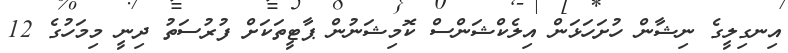
އިނގިލީގެ ނިޝާން ހުށަހަޅަން އިލެކްޝަންސް ކޮމިޝަނުން ޕާޓީތަކަށް ފުރުސަތު ދިނީ މިމަހުގެ 12